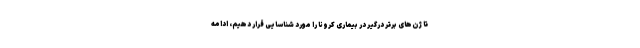
تا ژن‌های برتر درگیر در بیماری کرونا را مورد شناسایی قرار دهیم، ادامه